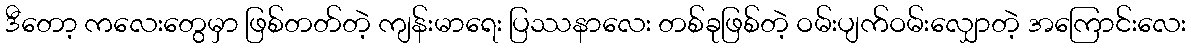
ဒီတော့ ကလေးတွေမှာ ဖြစ်တတ်တဲ့ ကျန်းမာရေး ပြဿနာလေး တစ်ခုဖြစ်တဲ့ ဝမ်းပျက်ဝမ်းလျှောတဲ့ အကြောင်းလေး